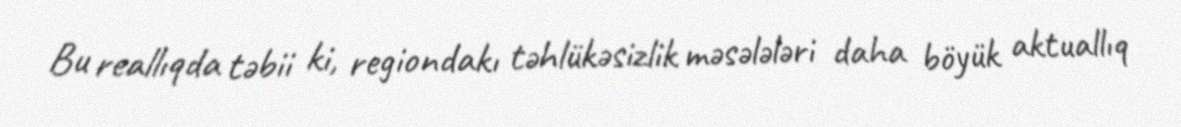
Bu reallıqda təbii ki, regiondakı təhlükəsizlik məsələləri daha böyük aktuallıq